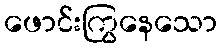
ဖောင်းကြွနေသော